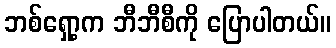
ဘစ်ရှော့က ဘီဘီစီကို ပြောပါတယ်။